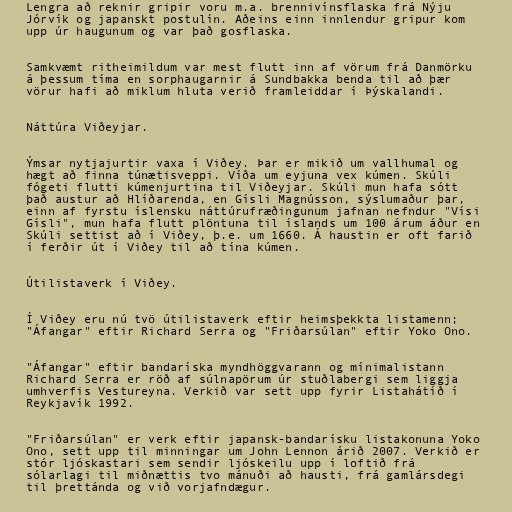
Lengra að reknir gripir voru m.a. brennivínsflaska frá Nýju
Jórvík og japanskt postulín. Aðeins einn innlendur gripur kom
upp úr haugunum og var það gosflaska.

Samkvæmt ritheimildum var mest flutt inn af vörum frá Danmörku
á þessum tíma en sorphaugarnir á Sundbakka benda til að þær
vörur hafi að miklum hluta verið framleiddar í Þýskalandi.

Náttúra Viðeyjar.

Ýmsar nytjajurtir vaxa í Viðey. Þar er mikið um vallhumal og
hægt að finna túnætisveppi. Víða um eyjuna vex kúmen. Skúli
fógeti flutti kúmenjurtina til Viðeyjar. Skúli mun hafa sótt
það austur að Hlíðarenda, en Gísli Magnússon, sýslumaður þar,
einn af fyrstu íslensku náttúrufræðingunum jafnan nefndur "Vísi
Gísli", mun hafa flutt plöntuna til íslands um 100 árum áður en
Skúli settist að í Viðey, þ.e. um 1660. Á haustin er oft farið
í ferðir út í Viðey til að tína kúmen.

Útilistaverk í Viðey.

Í Viðey eru nú tvö útilistaverk eftir heimsþekkta listamenn;
"Áfangar" eftir Richard Serra og "Friðarsúlan" eftir Yoko Ono.

"Áfangar" eftir bandaríska myndhöggvarann og mínimalistann
Richard Serra er röð af súlnapörum úr stuðlabergi sem liggja
umhverfis Vestureyna. Verkið var sett upp fyrir Listahátíð í
Reykjavík 1992.

"Friðarsúlan" er verk eftir japansk-bandarísku listakonuna Yoko
Ono, sett upp til minningar um John Lennon árið 2007. Verkið er
stór ljóskastari sem sendir ljóskeilu upp í loftið frá
sólarlagi til miðnættis tvo mánuði að hausti, frá gamlársdegi
til þrettánda og við vorjafndægur.